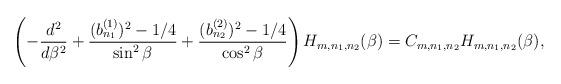
LaTeX: \begin{align*}\left( -\frac{d^{2}}{d\beta^{2}}+\frac{(b_{n_1}^{(1)})^2-1/4}{\sin ^{2}\beta } + \frac{(b_{n_2}^{(2)})^2-1/4}{\cos^2 \beta} \right) H_{m,n_1,n_2} (\beta )= C_{m,n_1,n_2} H_{m,n_1,n_2} (\beta ), \end{align*}